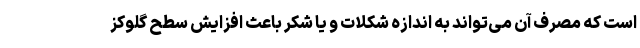
است که مصرف آن می‌تواند به اندازه شکلات و یا شکر باعث افزایش سطح گلوکز